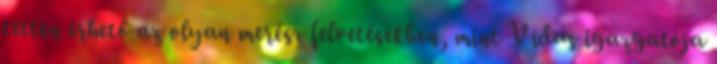
tetten érhető az olyan merész felvetésekben, mint Vidus igazgatója